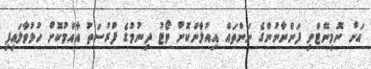
އަށް ނޮމިނޭޓްވި ފަންނާނުންގެ ނަންތައް އިއުލާންކޮށް ވޯޓު ދިނުމުގެ ފުރުސަތު އާއްމުކޮށް ހުޅުވާލައިފި